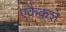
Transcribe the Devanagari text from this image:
एकैकशे